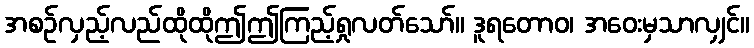
အစဉ်လှည့်လည်ထိုထိုဤဤကြည့်ရှုလတ်သော်။ ဒူရတောဝ၊ အဝေးမှသာလျှင်။